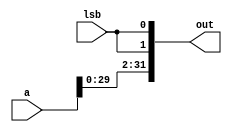
module sll_2(a, lsb, out);
	input [31:0] a;
	input lsb;
	output[31:0] out;
	wire [31:0] out;
	genvar i;
	generate
		for(i=2; i<32; i=i+1) begin: shift_two_loop
			assign out[i] = a[i-2];
		end
	endgenerate
	assign out[0] = lsb;
	assign out[1] = lsb;
endmodule